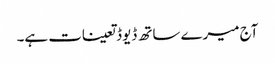
آج میرے ساتھ ڈیوڈ تعینات ہے۔